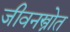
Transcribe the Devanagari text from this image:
जीवनस्त्रोत